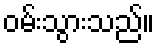
ဝမ်းသွားသည်။